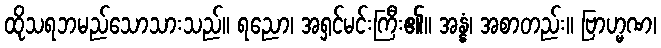
ထိုသရဘမည်သောသားသည်။ ရညော၊ အရှင်မင်းကြီး၏။ အန္နံ၊ အစာတည်း။ ဗြာဟ္မဏ၊